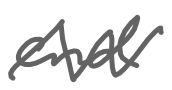
Text: and
Cross-out: zig-zag
Writing tool: digital_gray